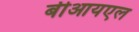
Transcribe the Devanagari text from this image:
बीआयएल